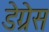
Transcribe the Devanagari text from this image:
डेग्रेस